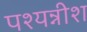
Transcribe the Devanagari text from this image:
पश्यन्नीश